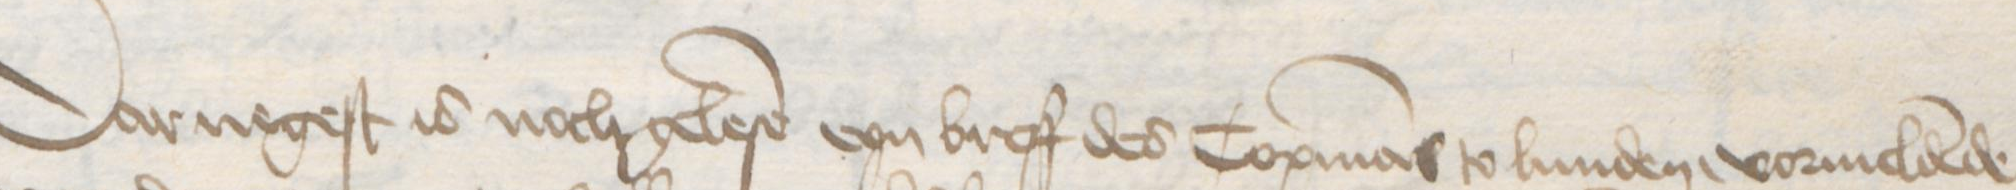
Darnegest is noch gelese eyn breff des Copmans to Lunden, vormeldende